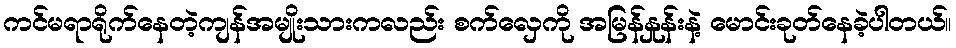
ကင်မရာရိုက်နေတဲ့ကျန်အမျိုးသားကလည်း စက်လှေကို အမြန်နှုန်းနဲ့ မောင်းခုတ်နေခဲ့ပါတယ်။